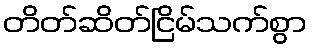
တိတ်ဆိတ်ငြိမ်သက်စွာ